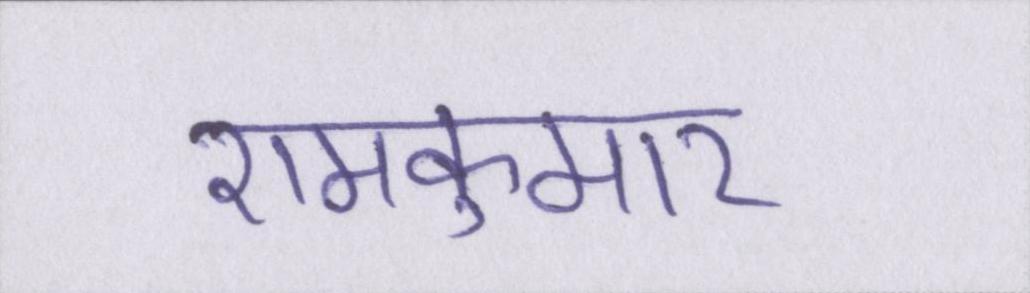
रामकुमार